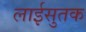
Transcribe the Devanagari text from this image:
लाईसुतक